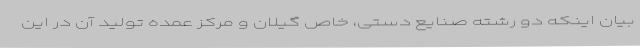
بیان اینکه دو رشته صنایع دستی، خاص گیلان و مرکز عمده تولید آن در این